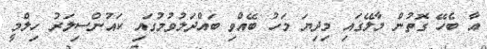
އާ ބެހޭ ގޮތުން މާލޭގައި މިދިޔަ މަހު ބޭއްވި ބައްދަލުވުމުގައި ކައުންސިލަރު ހިލްމީ